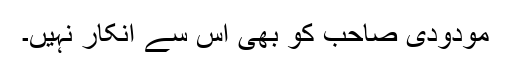
مودودی صاحب کو بھی اس سے انکار نہیں۔